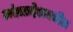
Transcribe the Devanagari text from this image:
आंध्रप्रदेशमधील